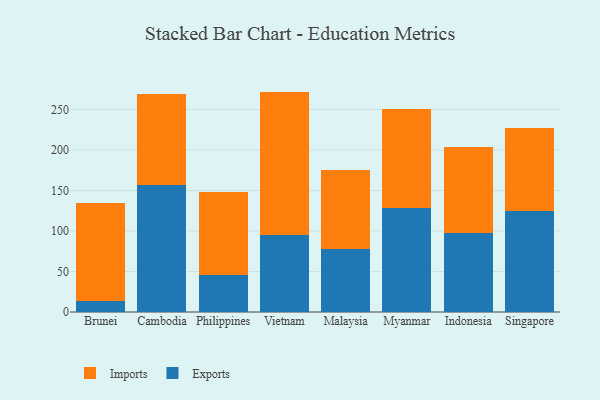
{"axis": {"x": "Country", "y": "Latency (ms)"}, "legend": ["Exports", "Imports"], "data": [{"x": "Brunei", "y": 13.5, "type": "Exports"}, {"x": "Brunei", "y": 120.9, "type": "Imports"}, {"x": "Cambodia", "y": 156.8, "type": "Exports"}, {"x": "Cambodia", "y": 112.2, "type": "Imports"}, {"x": "Philippines", "y": 46.3, "type": "Exports"}, {"x": "Philippines", "y": 102.3, "type": "Imports"}, {"x": "Vietnam", "y": 94.8, "type": "Exports"}, {"x": "Vietnam", "y": 177.3, "type": "Imports"}, {"x": "Malaysia", "y": 77.3, "type": "Exports"}, {"x": "Malaysia", "y": 98.4, "type": "Imports"}, {"x": "Myanmar", "y": 127.9, "type": "Exports"}, {"x": "Myanmar", "y": 122.5, "type": "Imports"}, {"x": "Indonesia", "y": 97.5, "type": "Exports"}, {"x": "Indonesia", "y": 106.5, "type": "Imports"}, {"x": "Singapore", "y": 125.2, "type": "Exports"}, {"x": "Singapore", "y": 102.3, "type": "Imports"}]}